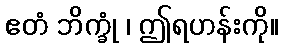
ဧတံ ဘိက္ခုံ ၊ ဤရဟန်းကို။